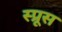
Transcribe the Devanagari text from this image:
स्‍प्रूस